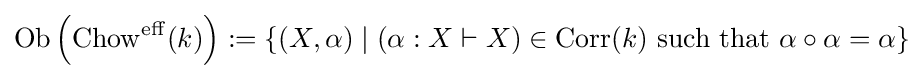
\operatorname {Ob} \left(\operatorname {Chow} ^{\operatorname {eff} }(k)\right):=\{(X,\alpha )\mid (\alpha :X\vdash X)\in \operatorname {Corr} (k){\mbox{ such that }}\alpha \circ \alpha =\alpha \}